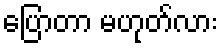
ပြောတာ မဟုတ်လား